38_143685_box7_Incident_Summaries_1-100
Agency: Department of War
Page 145
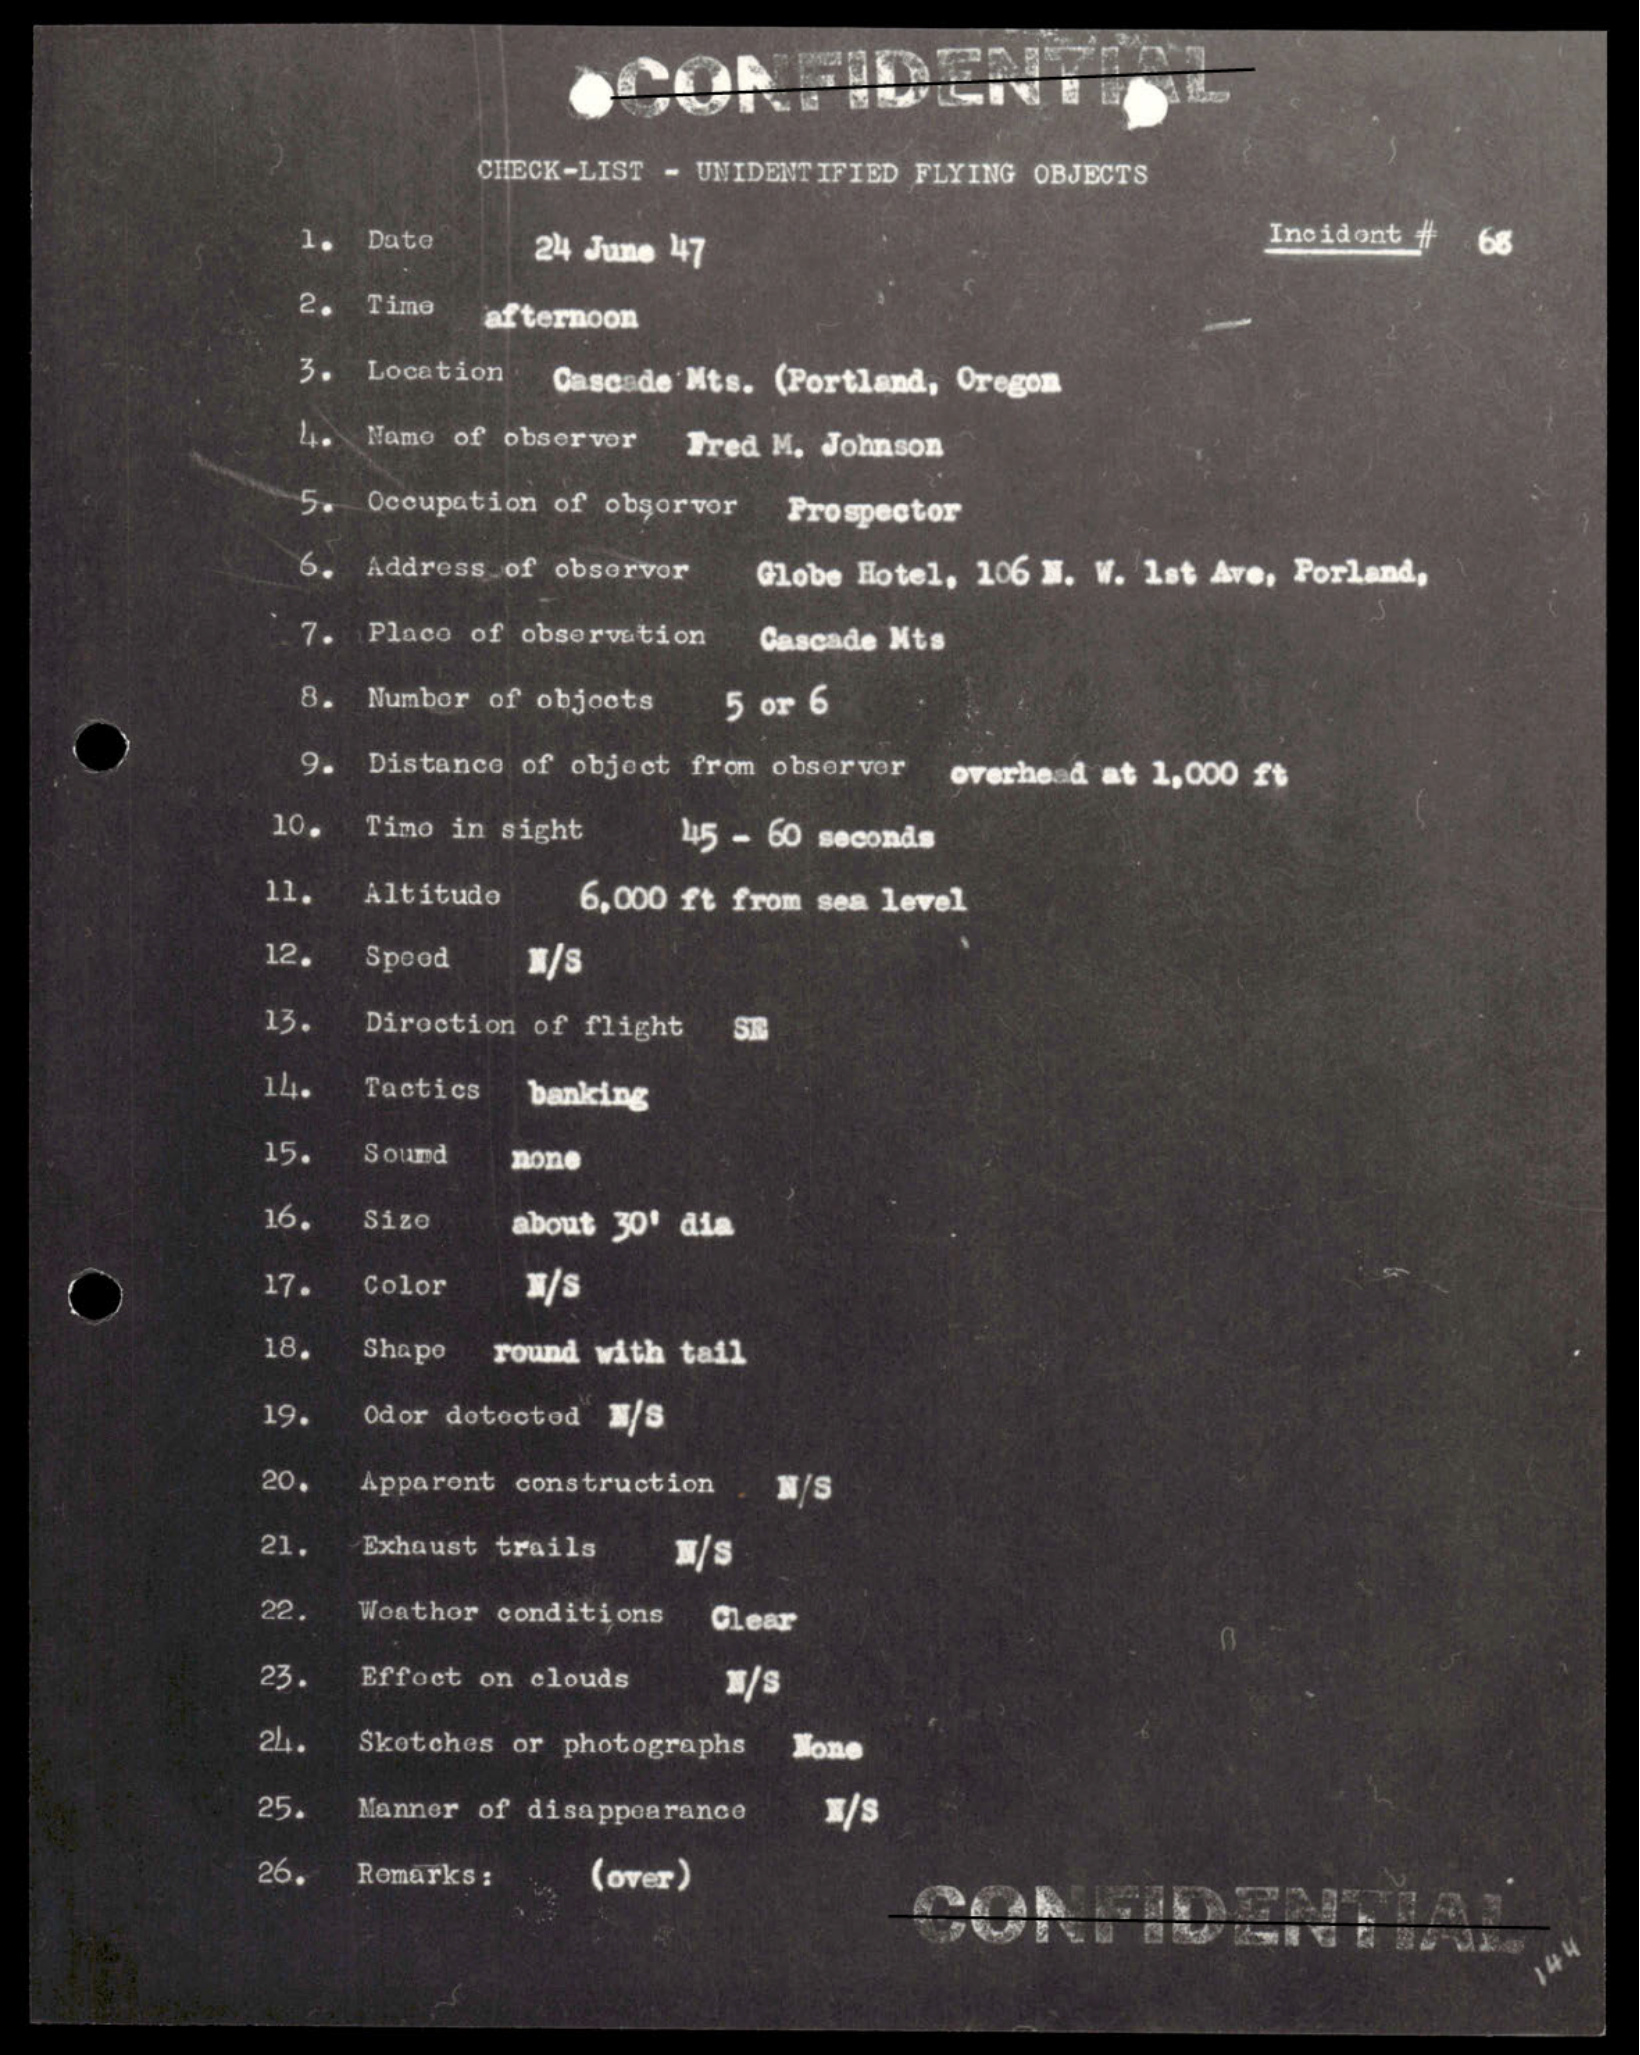